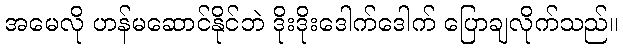
အမေလို ဟန်မဆောင်နိုင်ဘဲ ဒိုးဒိုးဒေါက်ဒေါက် ပြောချလိုက်သည်။